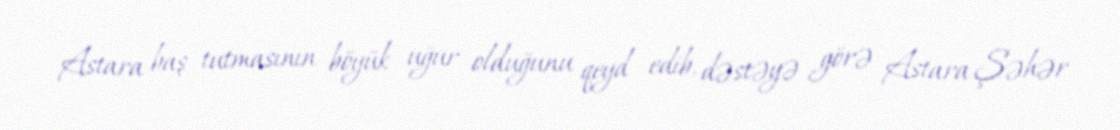
Astara baş tutmasının böyük uğur olduğunu qeyd edib, dəstəyə görə Astara Şəhər